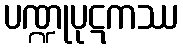
ပဏ္ဍုပုဋကဿ